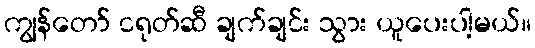
ကျွန်တော် ငရုတ်ဆီ ချက်ချင်း သွား ယူပေးပါ့မယ်။